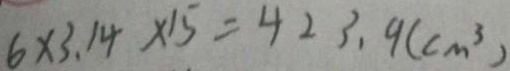
6 \times 3 . 1 4 \times 1 5 = 4 2 3 . 9 ( c m ^ { 3 } )